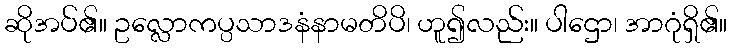
ဆိုအပ်၏။ ဥလ္လောကပ္ပသာဒနံနာမတိပိ၊ ဟူ၍လည်း။ ပါဌော၊ အာဂုံရှိ၏။